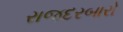
રાજદરબારો